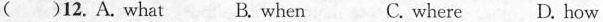
( )12.A. what B. when C. where D. how